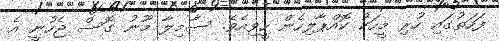
ފަހަތުގައި ހުރި މީހަކު ކޮއްޕާލިހެން ހީވިއެވެ. ސާމިލާ މޫނު ގޮސް ޖެހުނީ އެ